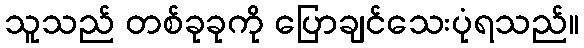
သူသည် တစ်ခုခုကို ပြောချင်သေးပုံရသည်။